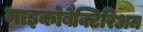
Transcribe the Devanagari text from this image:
माइकोबैक्टिरिअम